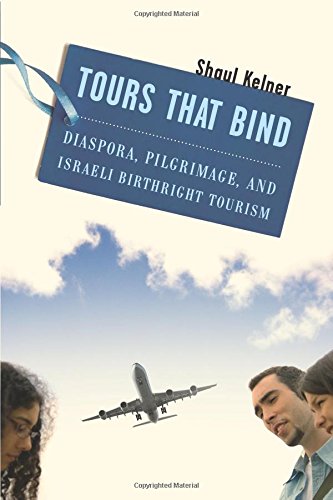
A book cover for Tours That Bind: Diaspora, Pilgrimage, and Israeli Birthright Tourism; Shaul Kelner; Travel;